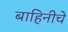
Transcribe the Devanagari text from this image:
बाहिनीचे